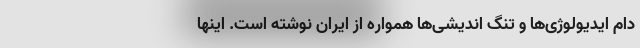
دام ایدیولوژی‌ها و تنگ اندیشی‌ها همواره از ایران نوشته است. اینها